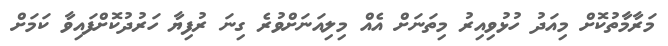
މަރާމާތުކޮށް މިއަދު ހުޅުވިއިރު މިތަނަށް އެއް މިލިއަނަށްވުރެ ގިނަ ރުފިޔާ ހަރުދުކޮށްފައިވާ ކަމަށް